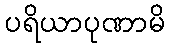
ပရိယာပုဏာမိ